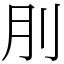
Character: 刖